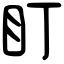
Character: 盯